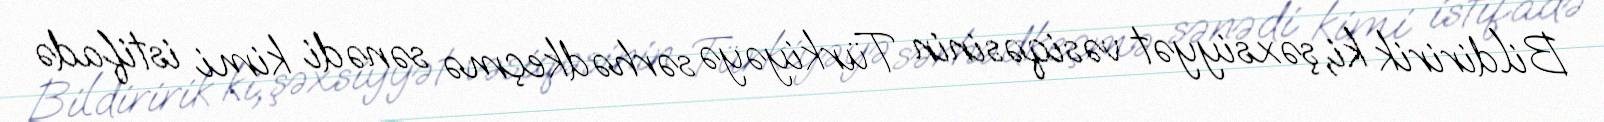
Bildiririk ki, şəxsiyyət vəsiqəsinin Türkiyəyə sərhədkeçmə sənədi kimi istifadə